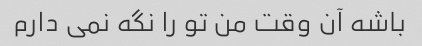
باشه آن وقت من تو را نگه نمی دارم